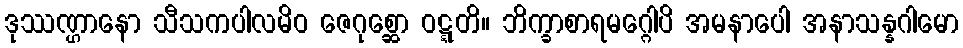
ဒုဿဏ္ဌာနော သီသကပါလမိဝ ဇေဂုစ္ဆော ဝဋ္ဋတိ။ ဘိက္ခာစာရမဂ္ဂေါပိ အမနာပေါ အနာသန္နဂါမော